Statistics compiled by the Government of India from the reports of provincial Civil Veterinary Departments
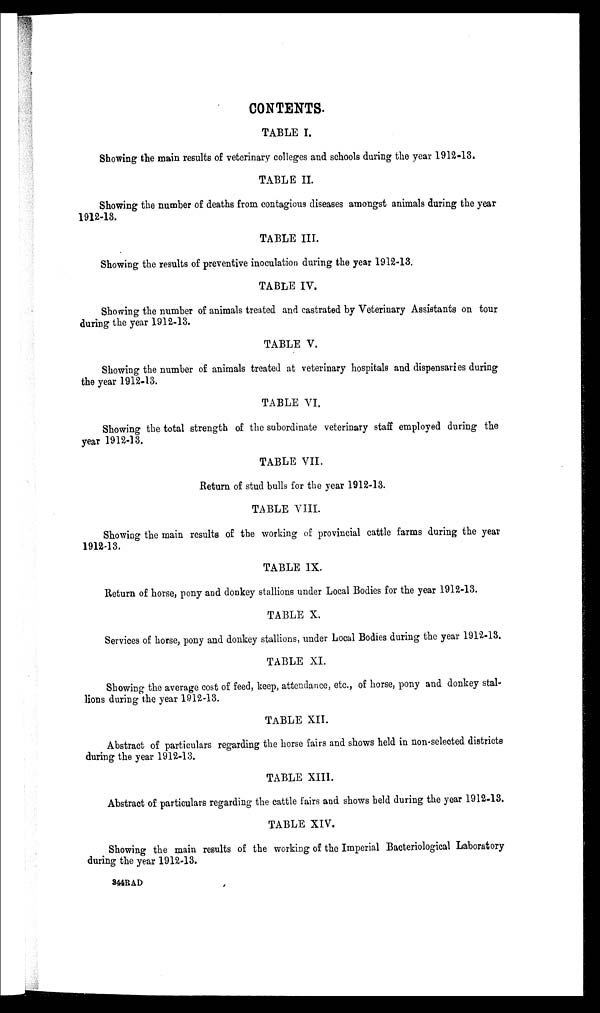
CONTENTS.
TABLE I.
Showing the main results of veterinary colleges and schools during the year 1912-13.
TABLE II.
Showing the number of deaths from contagious diseases amongst animals during the year
1912-18.
TABLE III.
Showing the results of preventive inoculation during the year 1912-13.
TABLE IV.
Showing the number of animals treated and castrated by Veterinary Assistants on tour
during the year 1912-13.
TABLE V.
Showing the number of animals treated at veterinary hospitals and dispensaries during
the year 1912-13.
TABLE VI.
Showing the total strength of the subordinate veterinary staff employed during the
year 1912-13.
TABLE VII.
Return of stud bulls for the year 1912-13.
TABLE VIII.
Showing the main results of the working of provincial cattle farms during the year
1912-13.
TABLE IX.
Return of horse, pony and donkey stallions under Local Bodies for the year 1912-13.
TABLE X.
Services of horse, pony and donkey stallions, under Local Bodies during the year 1912-13.
TABLE XI.
Showing the average cost of feed, keep, attendance, etc., of horse, pony and donkey stal-
lions during the year 1912-13.
TABLE XII..
Abstract of particulars regarding the horse fairs and shows held in non-selected districts
during the year 1912-13.
TABLE XIII.
Abstract of particulars regarding the cattle fairs and shows held during the year 1912-13.
TABLE XIV.
Showing the main results of the working of the Imperial Bacteriological Laboratory
during the year 1912-13.
344RAD